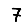
Digit: 7